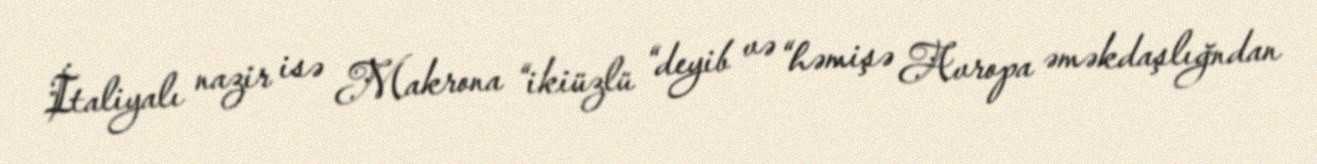
İtaliyalı nazir isə Makrona “ikiüzlü “deyib və “həmişə Avropa əməkdaşlığndan